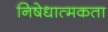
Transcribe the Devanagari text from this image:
निषेधात्मकता